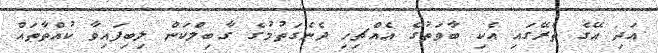
އަދި އޭގެ ތެރޭގައި އެކި ބާވަތުގެ އެއްޗިހި ދެނެގަތުމުގެ ގާބިލްކަން ލިބިފައިވާ ކުއްތާތައް